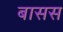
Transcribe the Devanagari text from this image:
बासस